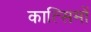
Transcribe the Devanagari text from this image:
कात्सिमों